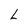
Character: L